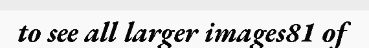
to see all larger images81 of